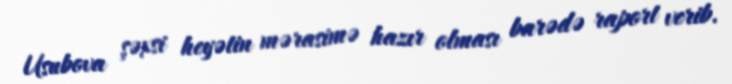
Usubova şəxsi heyətin mərasimə hazır olması barədə raport verib.